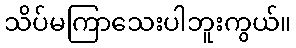
သိပ်မကြာသေးပါဘူးကွယ်။